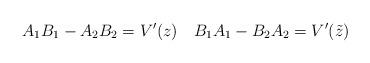
LaTeX: \begin{align*}A_1B_1-A_2B_2 = V'(z)\quad B_1A_1-B_2A_2=V'(\tilde z)\end{align*}